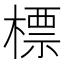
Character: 標